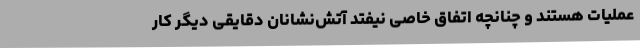
عملیات هستند و چنانچه اتفاق خاصی نیفتد آتش‌نشانان دقایقی دیگر کار